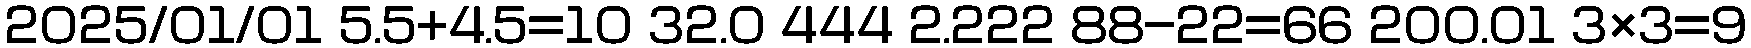
2025/01/01 5.5+4.5=10 32.0 444 2.222 88-22=66 200.01 3×3=9